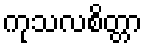
ကုသလစိတ္တာ